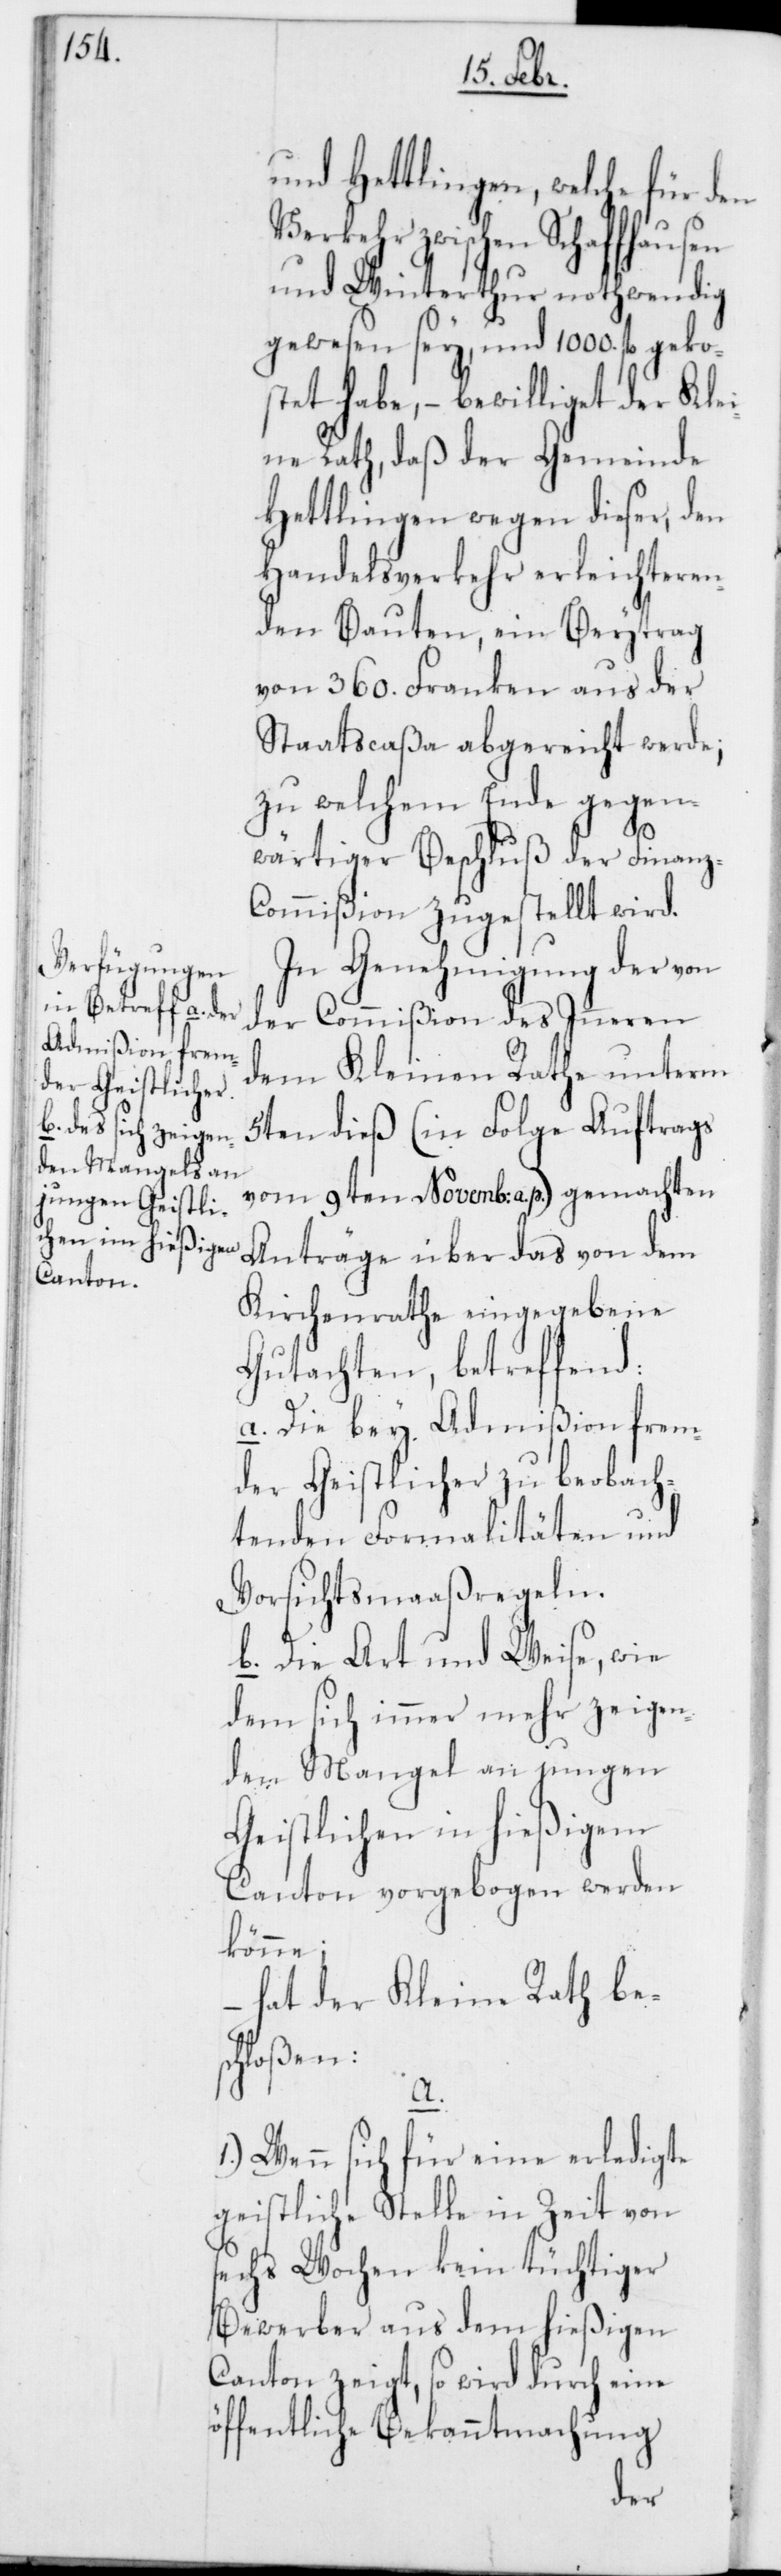
und Hettlingen, welche für den
Verkehr zwischen Schaffhausen
und Winterthur nothwendig
gewesen sey, und 1000. fl. geko¬
stet habe, – bewilliget der Klei¬
ne Rath, daß der Gemeinde
Hettlingen wegen dieser, den
Handelsverkehr erleichteren¬
den Bauten, ein Beytrag
von 360. Franken aus der
Staatscaßa abgereicht werde;
zu welchem Ende gegen¬
wärtiger Beschluß der Finanz-C¬
ommißion zugestellt wird.
In Genehmigung der von
der Commißion des Inneren
dem Kleinen Rathe unterm
5ten dieß (in Folge Auftrags
vom 9ten Novemb: a. p.) gemachten
Anträge über das von dem
Kirchenrathe eingegebene
Gutachten, betreffend:
a. Die bey Admißion frem¬
der Geistlicher zu beobach¬
tenden Formalitäten und
Vorsichtsmaaßregeln.
b. Die Art und Weise, wie
dem sich immer mehr zeigen¬
den Mangel an jungen
Geistlichen in hießigem
Canton vorgebogen werden
könne;
– hat der Kleine Rath be¬
schloßen:
a.
1.) Wenn sich für eine erledigte
geistliche Stelle in Zeit von
sechs Wochen kein tüchtiger
Bewerber aus dem hießigen
Canton zeigt, so wird durch eine
öffentliche Bekanntmachung